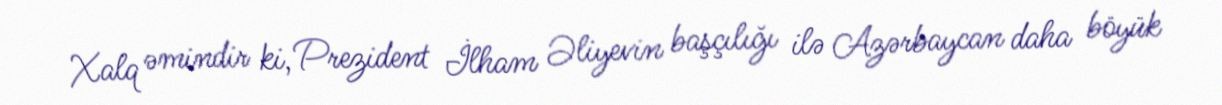
Xalq əmindir ki, Prezident İlham Əliyevin başçılığı ilə Azərbaycan daha böyük